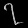
Digit: ၇